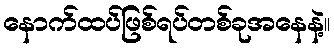
နောက်ထပ်ဖြစ်ရပ်တစ်ခုအနေနဲ့။